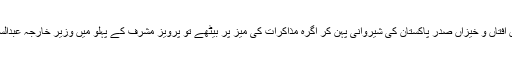
جون 2001 میں افتاں و خیزاں صدر پاکستان کی شیروانی پہن کر آگرہ مذاکرات کی میز پر بیٹھے تو پرویز مشرف کے پہلو میں وزیر خارجہ عبدالستار نشستہ تھے۔